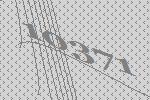
10371